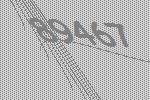
89467